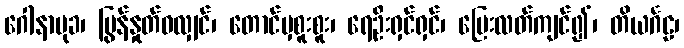
ဂေါနာမုခ၊ ပြွန်နှုတ်ဝလျှင်၊ တောင်မှစူးစူး၊ ရေဦးရှင်ရှင်၊ ပြေးလတ်ကျင်၍၊ တိယင်္ဂဠ၊